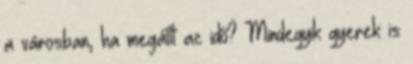
a városban, ha megállt az idő? Mindegyik gyerek is